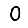
Digit: 0